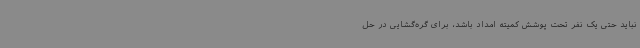
نباید حتی یک نفر تحت پوشش کمیته امداد باشد، برای گره‌گشایی در حل